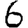
Digit: 6